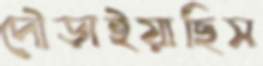
দৌড়াইয়াছিস